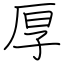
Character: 厚